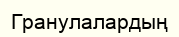
Гранулалардың